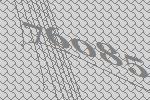
76085